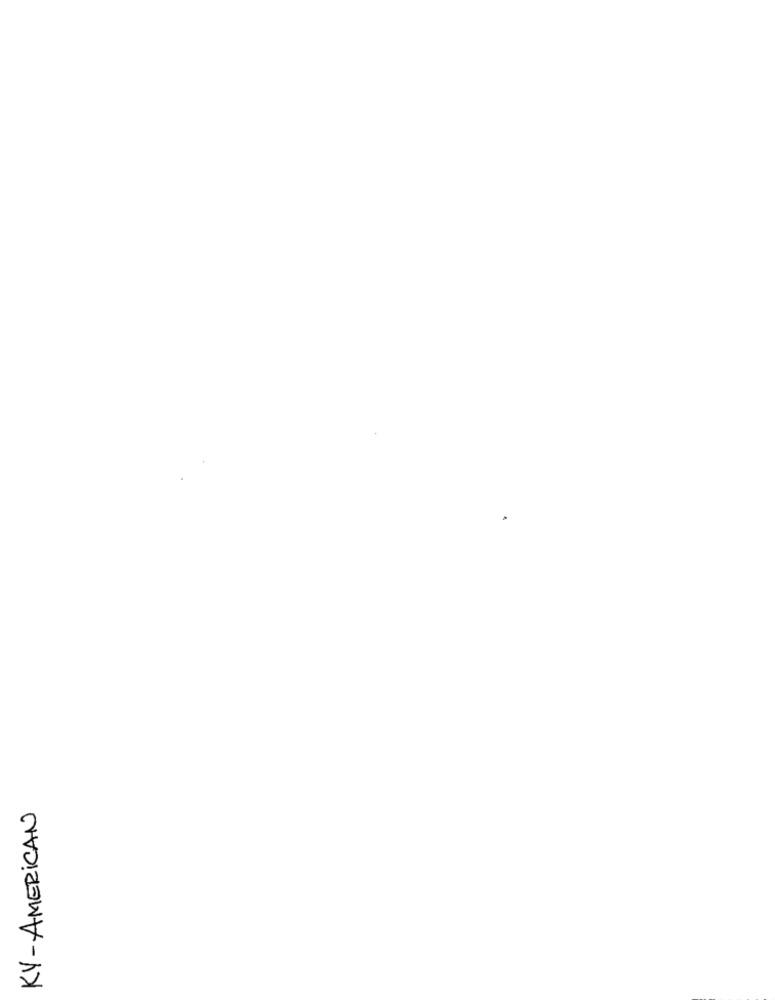
KY-AMERICAN